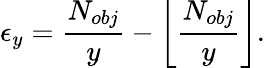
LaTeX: \epsilon_{y}=\frac{N_{obj}}{y}-\left\lfloor\frac{N_{obj}}{y}\right\rfloor.